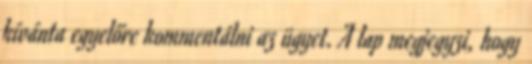
kívánta egyelőre kommentálni az ügyet. A lap megjegyzi, hogy